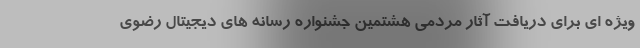
ویژه ای برای دریافت آثار مردمی هشتمین جشنواره رسانه های دیجیتال رضوی